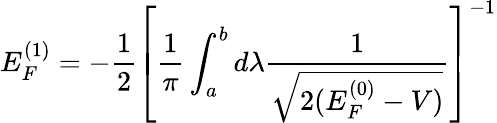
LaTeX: E_{F}^{(1)}=-\frac{1}{2}\left[\frac{1}{\pi}\int_{a}^{b}d\lambda\frac{1}{\sqrt{2(E_{F}^{(0)}-V)}}\right]^{-1}